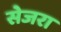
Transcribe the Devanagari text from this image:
सेजरा